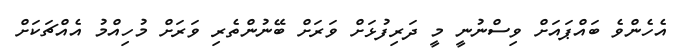
އެހެންވެ ބައްޕައަށް ވިސްނުނީ މީ ދަރިފުޅަށް ވަރަށް ބޭނުންތެރި ވަރަށް މުހިއްމު އެއްޗަކަށް